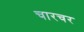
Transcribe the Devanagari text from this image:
चारचर